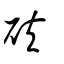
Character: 砆